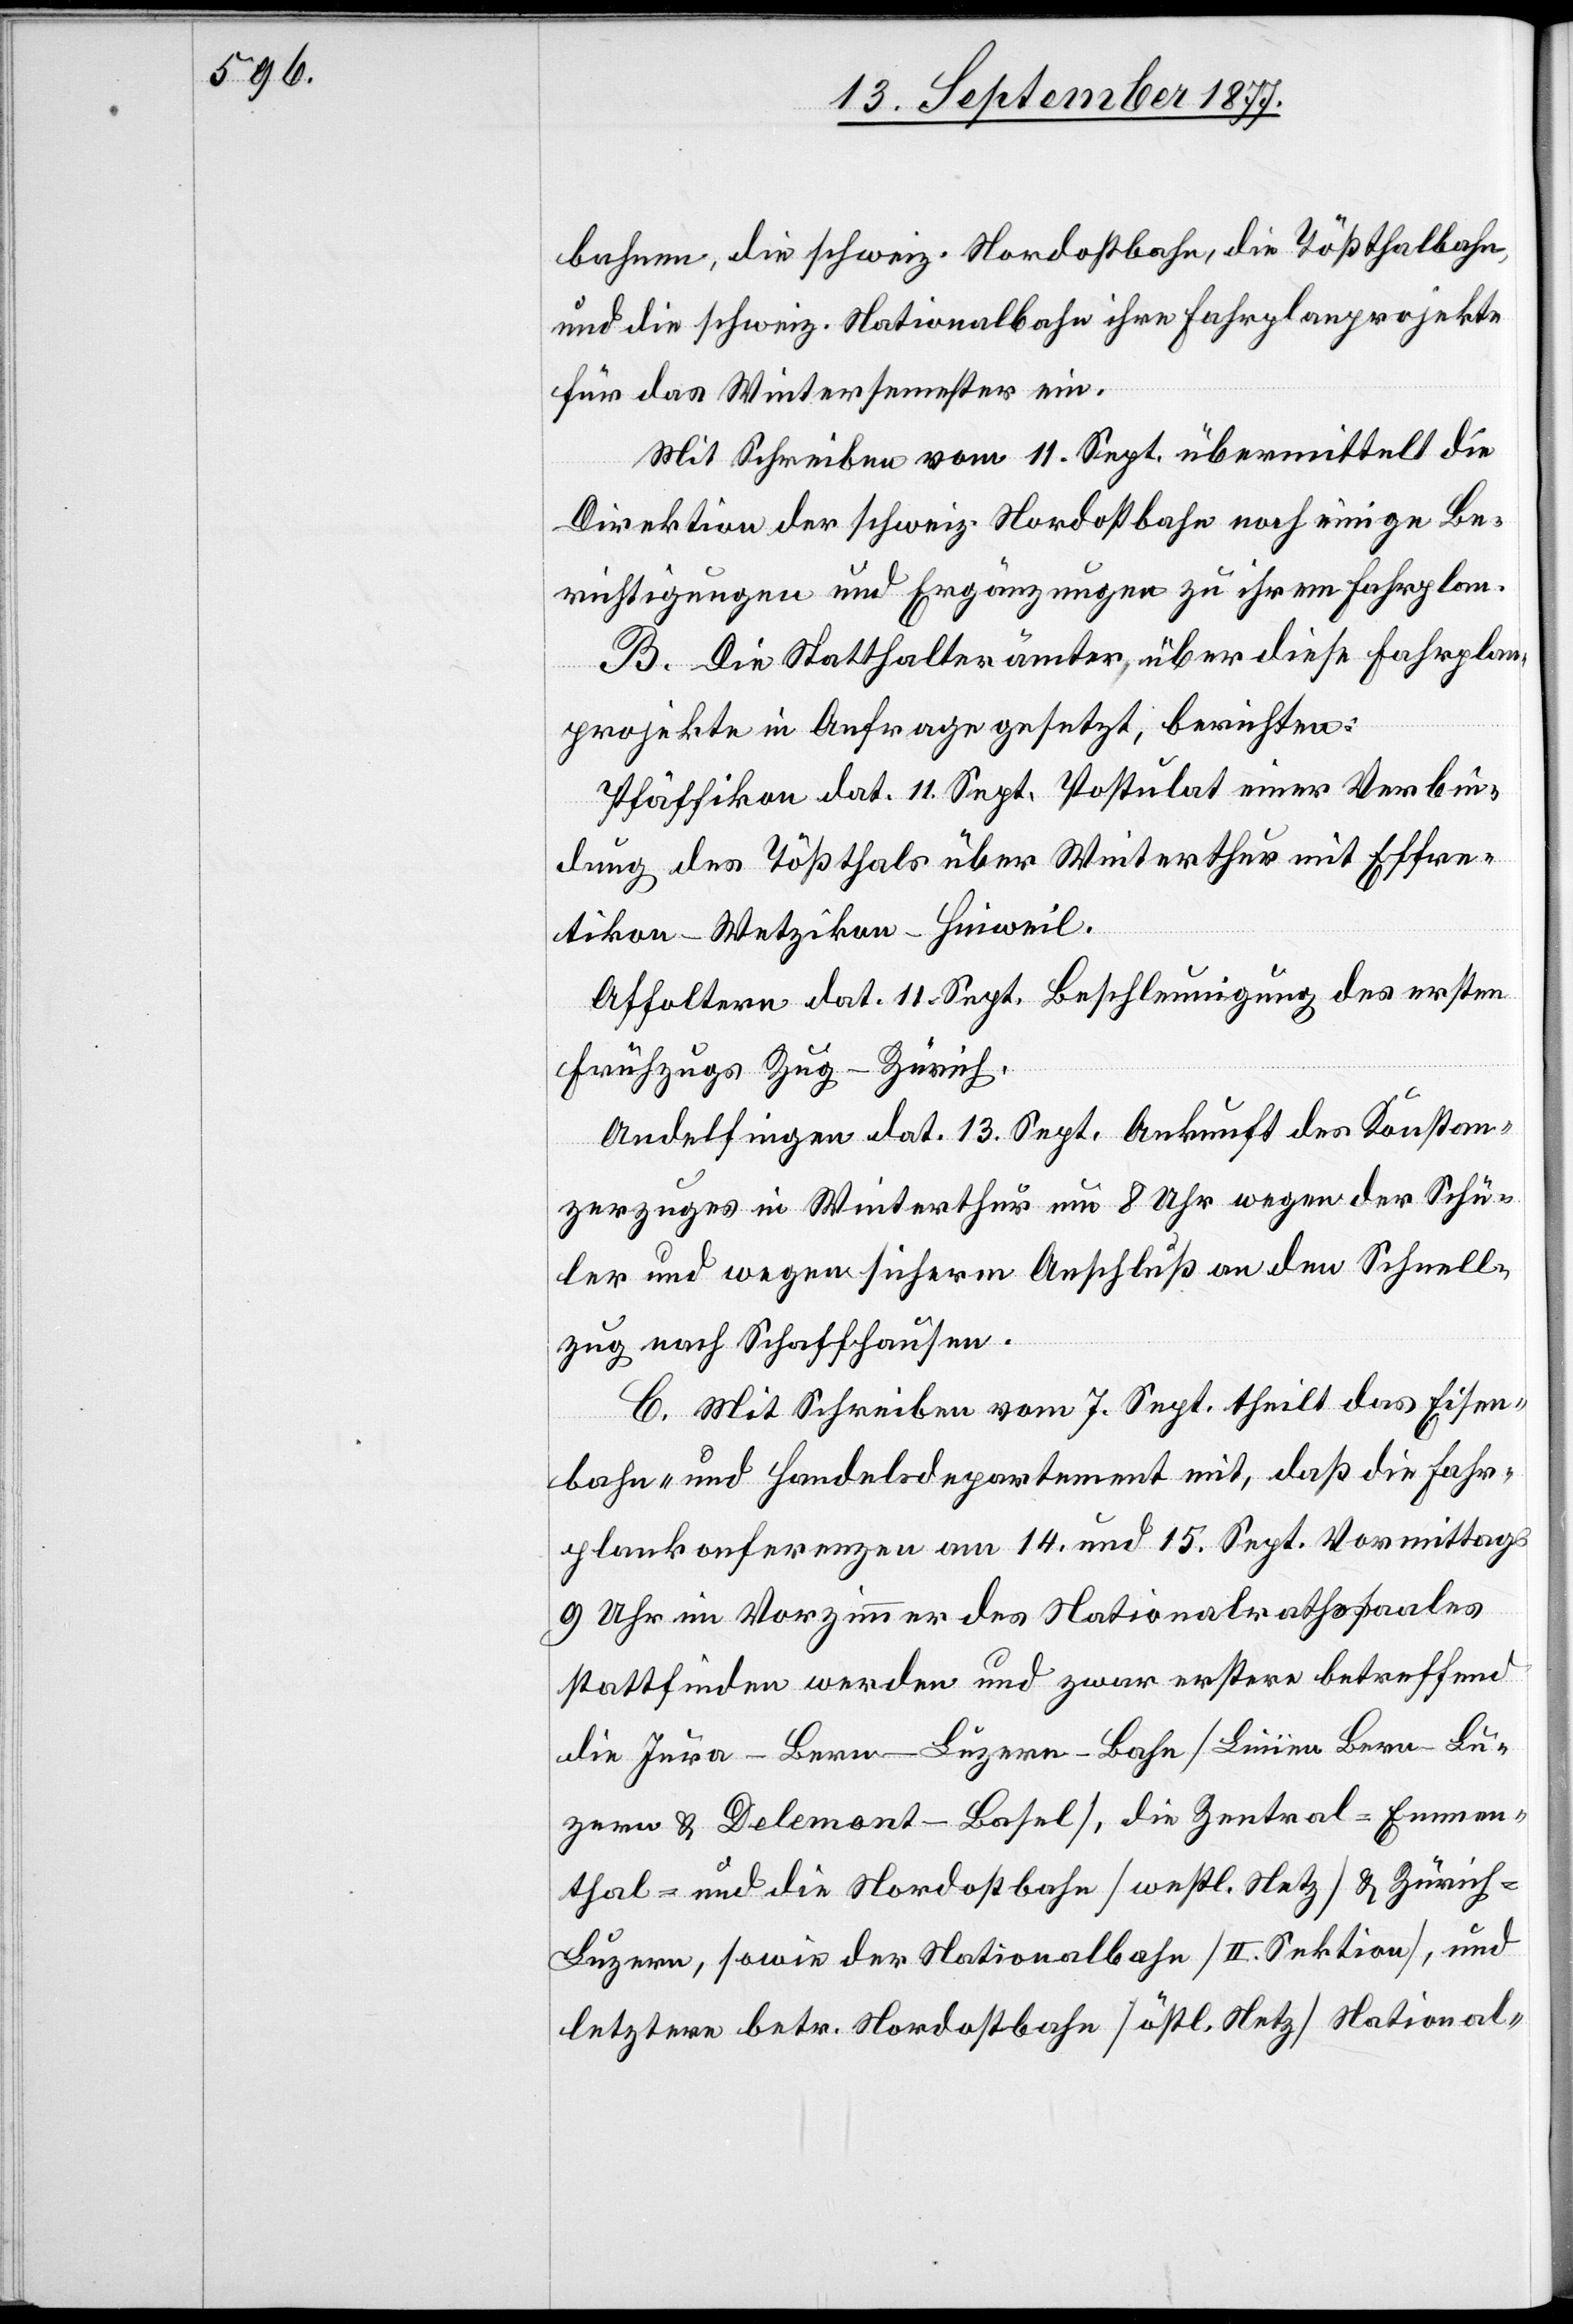
bahnen, die schweiz. Nordostbahn, die Tößthalbahn,
und die schweiz. Nationalbahn ihre Fahrplanprojekte
für das Wintersemester ein.
Mit Schreiben vom 11. Sept. übermittelt die
Direktion der schweiz. Nordostbahn noch einige Be¬
richtigungen und Ergänzungen zu ihrem Fahrplan.
B. Die Statthalterämter, über diese Fahrplan¬
projekte in Anfrage gesetzt, berichten:
Pfäffikon dat. 11. Sept. Postulat einer Verbin¬
dung des Tößthals über Winterthur mit Effre¬
tikon–Wetzikon–Hinweil.
Affoltern dat. 11. Sept. Beschleunigung des ersten
Frühzugs Zug–Zürich.
Andelfingen dat. 13. Sept. Ankunft des Konstan¬
zerzuges in Winterthur um 8 Uhr wegen der Schü¬
ler und wegen sicherm Anschluß an den Schnell¬
zug nach Schaffhausen.
C. Mit Schreiben vom 7. Sept. theilt das Eisen¬
bahn- und Handelsdepartement mit, daß die Fahr¬
plankonferenzen am 14. und 15. Sept. Vormittags
9 Uhr im Vorzimmer des Nationalrathssaales
stattfinden werden und zwar erstere betreffend
die Jura-Bern-Luzern-Bahn [Linien Bern–Lu¬
zern & Delemont–Basel], die Zentral-Emmen¬
thal- und die Nordostbahn [westl. Netz] & Zürich-L¬
uzern, sowie der Nationalbahn [II. Sektion], und
letztere betr. Nordostbahn [östl. Netz] National-